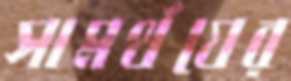
সামর্থযের